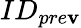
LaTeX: ID_{pre\mathbf{v}}